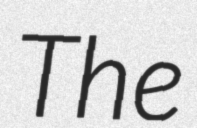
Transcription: The